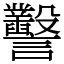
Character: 𧮙